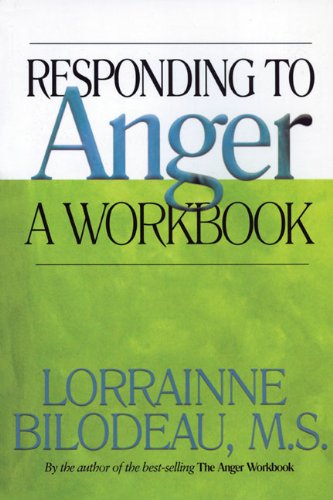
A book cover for Responding to Anger: A Workbook; Lorrainne Bilodeau M.S.; Self-Help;